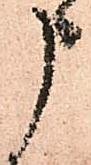
申